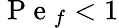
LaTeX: \mathrm{~P~e~}_{f}<1